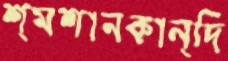
শ্মশানকান্দি